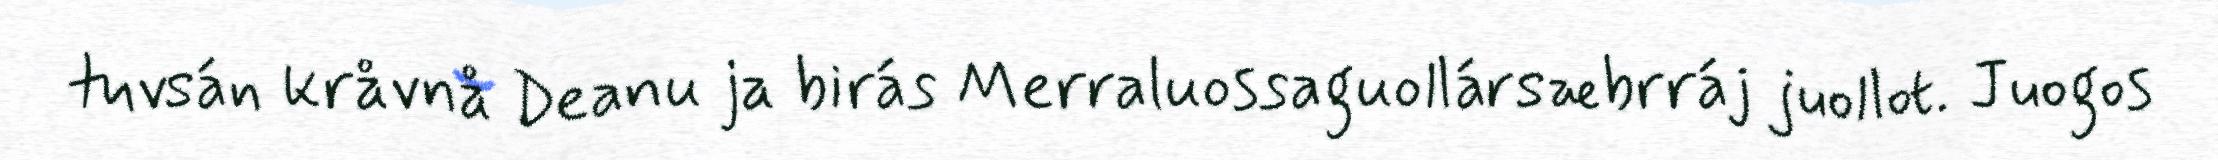
tuvsán kråvnå Deanu ja birás Merraluossaguollársæbrráj juollot. Juogos